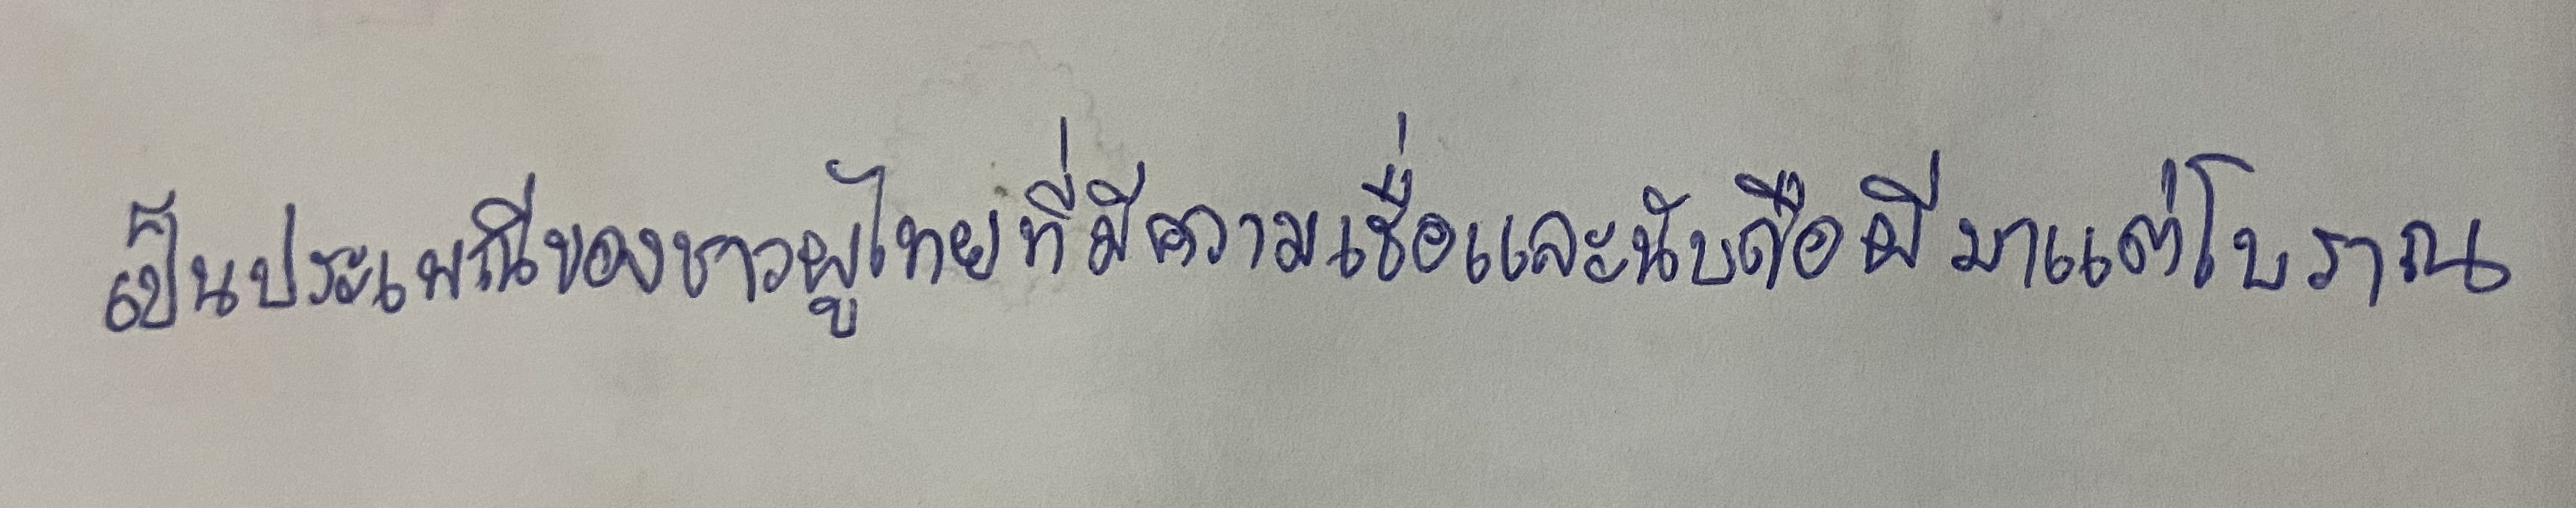
เป็นประเพณีของชาวผูไทยที่มีความเชื่อและนับถือผีมาแต่โบราณ